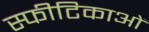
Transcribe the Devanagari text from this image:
स्फीटिकाओं